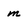
Character: m